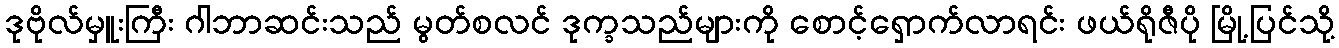
ဒုဗိုလ်မှူးကြီး ဂါဘာဆင်းသည် မွတ်စလင် ဒုက္ခသည်များကို စောင့်ရှောက်လာရင်း ဖယ်ရိုဇီပို မြို့ပြင်သို့